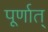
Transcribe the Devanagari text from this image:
पूर्णात्